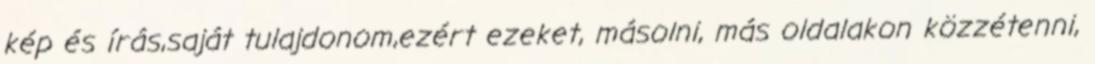
kép és írás,saját tulajdonom,ezért ezeket, másolni, más oldalakon közzétenni,